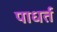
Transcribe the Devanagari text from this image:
पाधर्त